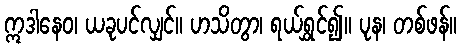
ဣဒါနေဝ၊ ယခုပင်လျှင်။ ဟသိတွာ၊ ရယ်ရွှင်၍။ ပုန၊ တစ်ဖန်။